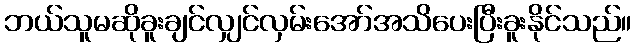
ဘယ်သူမဆိုခူးချင်လျှင်လှမ်းအော်အသိပေးပြီးခူးနိုင်သည်။